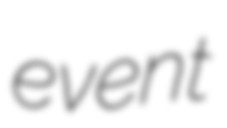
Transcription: event